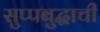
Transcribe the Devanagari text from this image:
सुप्पबुद्धाची